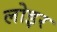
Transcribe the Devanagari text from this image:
लोइर